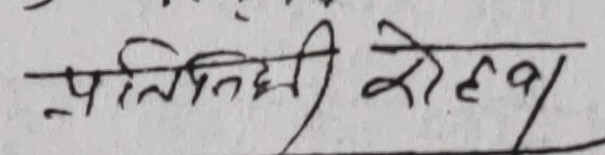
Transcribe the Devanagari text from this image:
प्रतिनिधि रोलवा/